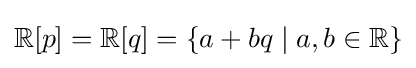
\mathbb {R} [p]=\mathbb {R} [q]=\{a+bq\mid a,b\in \mathbb {R} \}